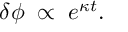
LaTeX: \delta \phi \; \propto \; e ^ { \kappa t } .